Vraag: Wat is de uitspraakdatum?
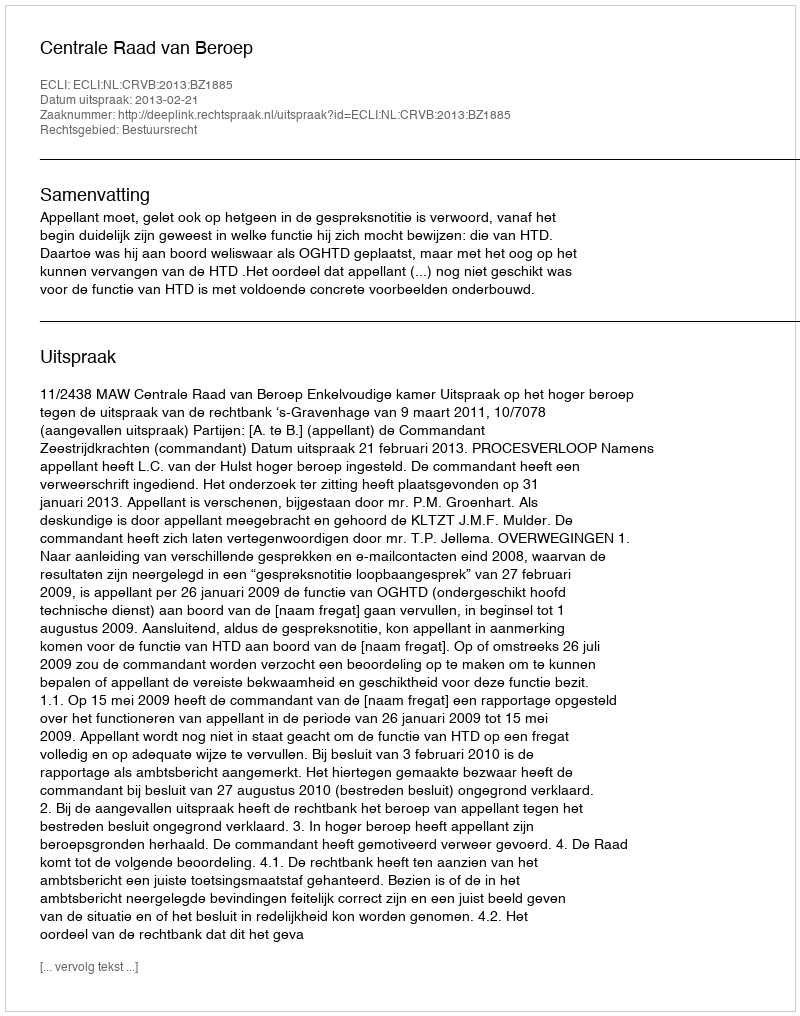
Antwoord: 2013-02-21